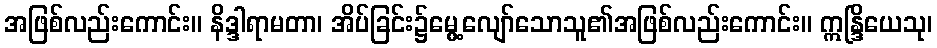
အဖြစ်လည်းကောင်း။ နိဒ္ဒါရာမတာ၊ အိပ်ခြင်း၌မွေ့လျော်သောသူ၏အဖြစ်လည်းကောင်း။ ဣန္ဒြိယေသု၊